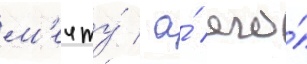
м'ечту́ / а́ его́